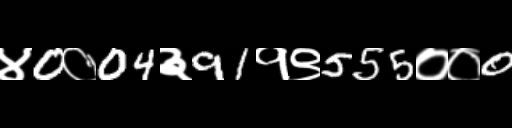
Text: ४0०04३91१९555००0